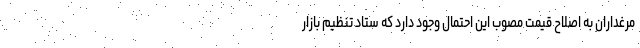
مرغداران به اصلاح قیمت مصوب این احتمال وجود دارد که ستاد تنظیم بازار